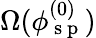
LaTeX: \Omega(\phi_{\mathrm{~s~p~}}^{(0)})